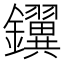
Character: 𫓢